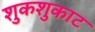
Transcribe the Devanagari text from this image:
शुकशुकाट